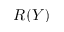
R ( Y )